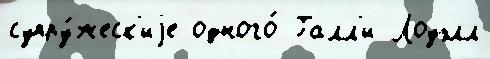
супру́жеск'иjе одного́ Галл'и Лоуэлл